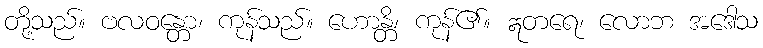
တို့သည်။ ဗလဝန္တော၊ ကုန်သည်။ ဟောန္တိ၊ ကုန်၏။ ဣတရေ၊ လောဘ အဒေါသ